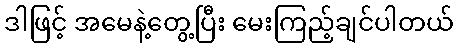
ဒါဖြင့် အမေနဲ့တွေ့ပြီး မေးကြည့်ချင်ပါတယ်